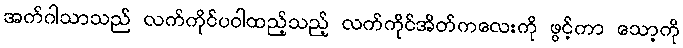
အက်ဂါသာသည် လက်ကိုင်ပဝါထည့်သည့် လက်ကိုင်အိတ်ကလေးကို ဖွင့်ကာ သော့ကို